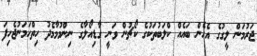
ޖަރުމަން ލީގުގެ އެހެން ބައެއް ކްލަބުތަކުގެ ކޯޗުން ވަނީ ގާޑިއޯލާގެ ނިންމުމާމެދު ހިތްހަމަނުޖެހިފަ